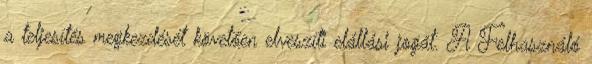
a teljesítés megkezdését követően elveszíti elállási jogát. A Felhasználó